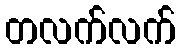
တလက်လက်